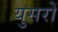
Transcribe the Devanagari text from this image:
युसरों